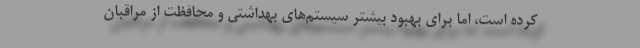
کرده است، اما برای بهبود بیشتر سیستم‌های بهداشتی و محافظت از مراقبان